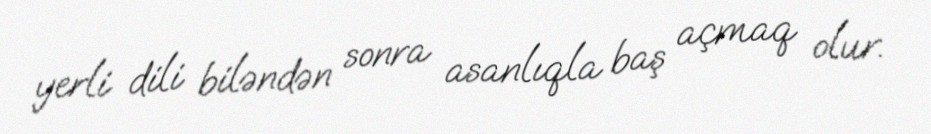
yerli dili biləndən sonra asanlıqla baş açmaq olur.